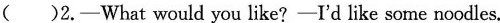
( )2.-What would you like?-I'd like some noodles.